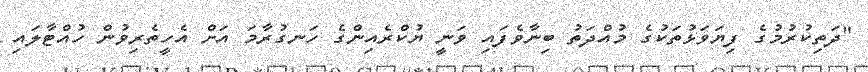
"ދަތިިކުރުމުގެ ފިޔަވަޅުތަކުގެ މުއްދަތު ބިނާވެފައި ވަނީ ޔުކްރެއިންގެ ހަނގުރާމަ އަށް އެހީތެރިވުން ހުއްޓާލައި